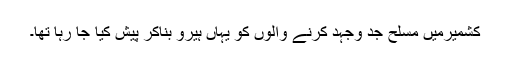
کشمیرمیں مسلح جد وجہد کرنے والوں کو یہاں ہیرو بناکر پیش کیا جا رہا تھا۔